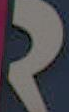
2